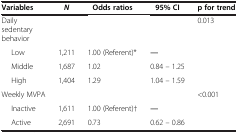
<table><thead><tr><td><b>Variables</b></td><td><b><i>N</i></b></td><td><b>Odds ratios</b></td><td><b>95% CI</b></td><td><b>p for trend</b></td></tr></thead><tbody><tr><td>Daily sedentary behavior</td><td> </td><td> </td><td> </td><td>0.013</td></tr><tr><td>Low</td><td>1,211</td><td>1.00 (Referent)*</td><td>―</td><td> </td></tr><tr><td>Middle</td><td>1,687</td><td>1.02</td><td>0.84 – 1.25</td><td> </td></tr><tr><td>High</td><td>1,404</td><td>1.29</td><td>1.04 – 1.59</td><td> </td></tr><tr><td>Weekly MVPA</td><td> </td><td> </td><td> </td><td>&lt;0.001</td></tr><tr><td>Inactive</td><td>1,611</td><td>1.00 (Referent)†</td><td>―</td><td> </td></tr><tr><td>Active</td><td>2,691</td><td>0.73</td><td>0.62 – 0.86</td><td> </td></tr></tbody></table>